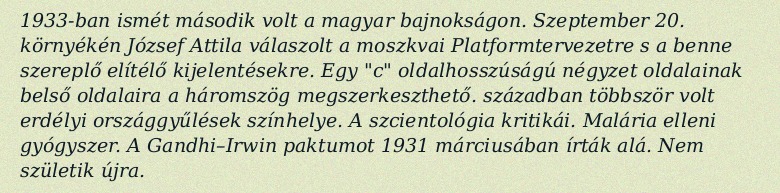
1933-ban ismét második volt a magyar bajnokságon. Szeptember 20. környékén József Attila válaszolt a moszkvai Platformtervezetre s a benne szereplő elítélő kijelentésekre. Egy "c" oldalhosszúságú négyzet oldalainak belső oldalaira a háromszög megszerkeszthető. században többször volt erdélyi országgyűlések színhelye. A szcientológia kritikái. Malária elleni gyógyszer. A Gandhi–Irwin paktumot 1931 márciusában írták alá. Nem születik újra.